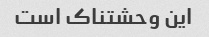
این وحشتناک است